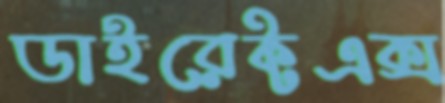
ডাইরেক্টএক্স